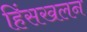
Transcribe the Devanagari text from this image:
हिंसखलन